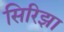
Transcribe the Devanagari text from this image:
सिरिझा